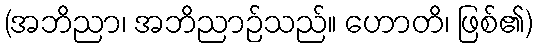
(အဘိညာ၊ အဘိညာဉ်သည်။ ဟောတိ၊ ဖြစ်၏)